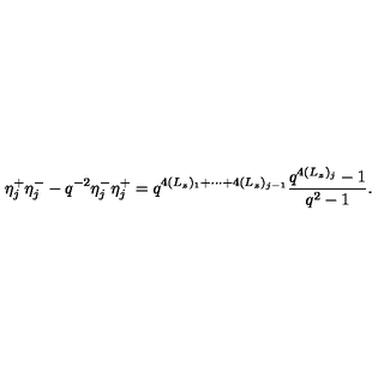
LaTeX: \eta _ { j } ^ { + } \eta _ { j } ^ { - } - q ^ { - 2 } \eta _ { j } ^ { - } \eta _ { j } ^ { + } = q ^ { 4 ( L _ { z } ) _ { 1 } + \cdots + 4 ( L _ { z } ) _ { j - 1 } } \frac { q ^ { 4 ( L _ { z } ) _ { j } } - 1 } { q ^ { 2 } - 1 } .